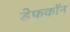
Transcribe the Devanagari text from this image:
डेफकॉन